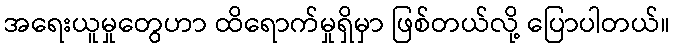
အရေးယူမှုတွေဟာ ထိရောက်မှုရှိမှာ ဖြစ်တယ်လို့ ပြောပါတယ်။